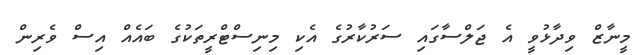
މީނާޒް ވިދާޅުވީ އެ ޖަލްސާގައި ސަރުކާރުގެ އެކި މިނިސްޓްރީތަކުގެ ބައެއް އިސް ވެރިން